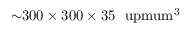
{ \sim } 3 0 0 \times 3 0 0 \times 3 5 ~ \mathrm { \ u p m u m ^ { 3 } }